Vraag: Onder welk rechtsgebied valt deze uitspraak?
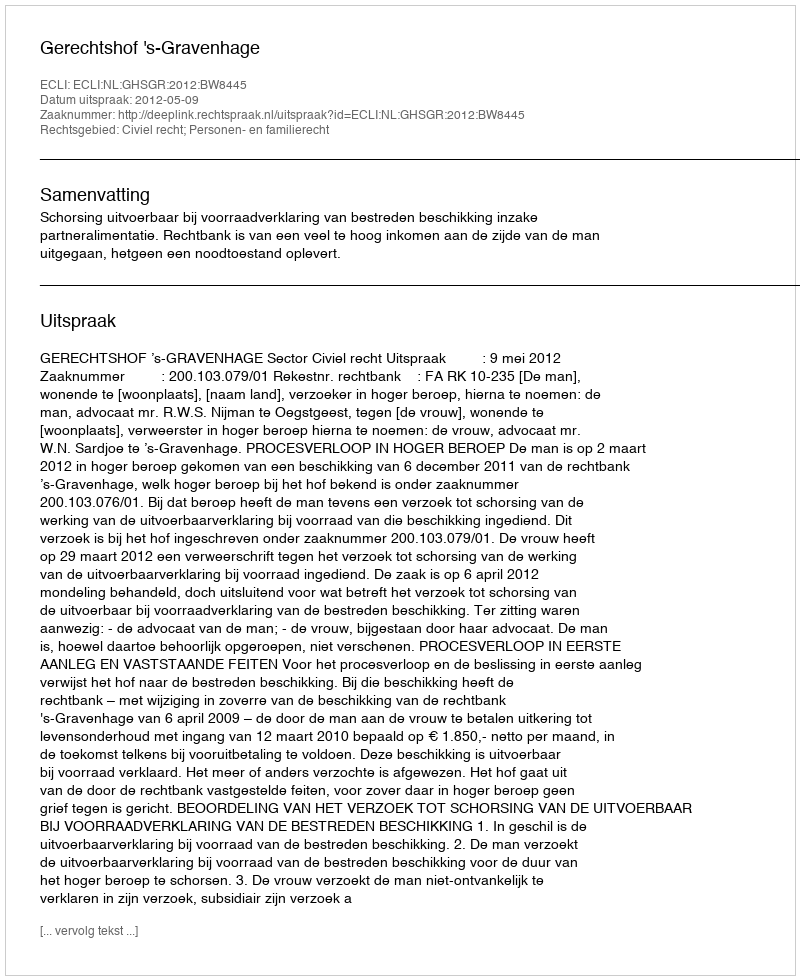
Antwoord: Civiel recht; Personen- en familierecht